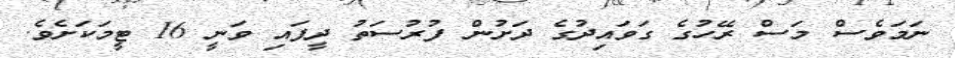
ނަމަވެސް މަސް ރޭހުގެ ގަވައިދުގެ ދަށުން ފުރުސަތު ދީފައި ވަނީ 16 ޓީމަކަށެވެ.